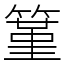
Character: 䈽